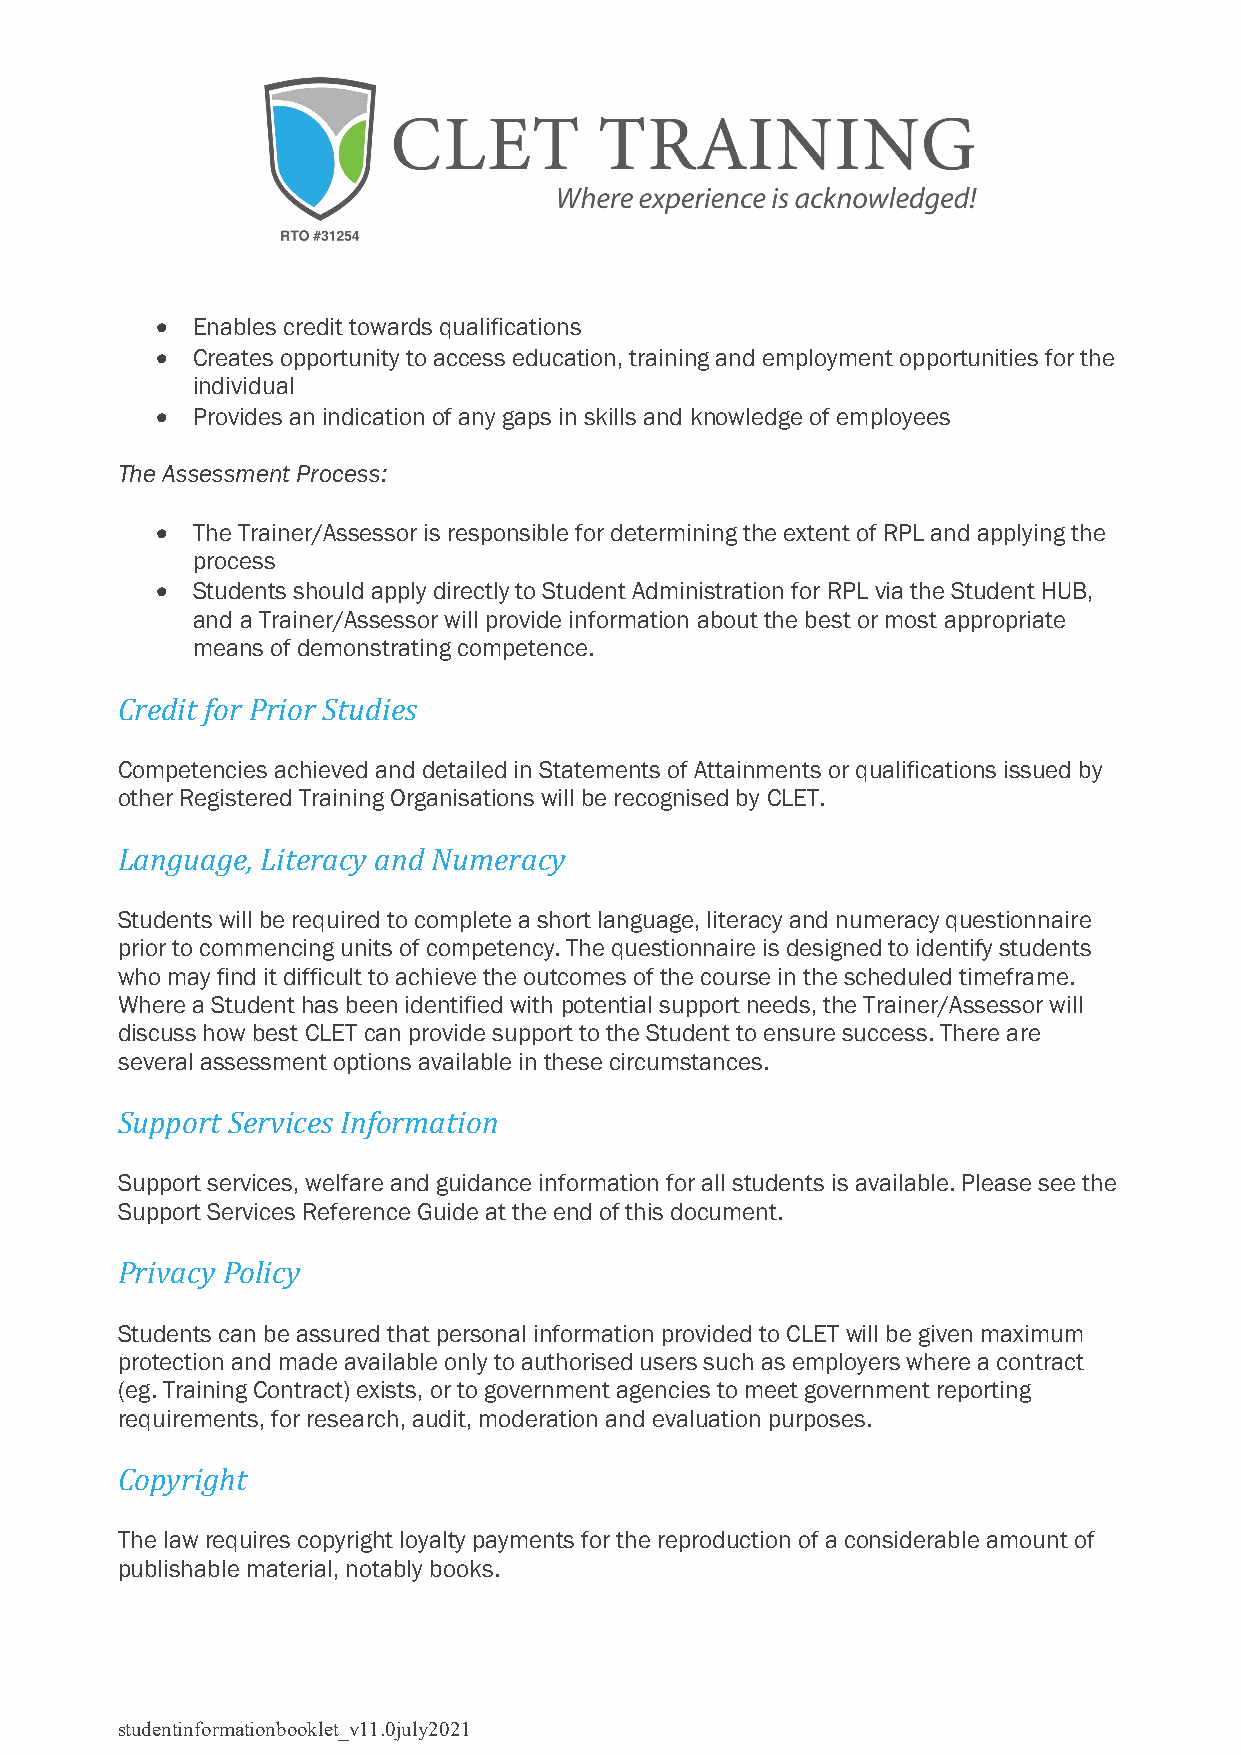
•  Enables credit towards qualifications
 •  Creates opportunity to access education, training and employment opportunities for the
 individual
 •  Provides an indication of any gaps in skills and knowledge of employees
 The Assessment Process:
 •  The Trainer/Assessor is responsible for determining the extent of RPL and applying the
 process
 •  Students should apply directly to Student Administration for RPL via the Student HUB,
 and a Trainer/Assessor will provide information about the best or most appropriate
 means of demonstrating competence.
 Credit for Prior Studies
 Competencies achieved and detailed in Statements of Attainments or qualifications issued by
 other Registered Training Organisations will be recognised by CLET.
 Language, Literacy and Numeracy
 Students will be required to complete a short language, literacy and numeracy questionnaire
 prior to commencing units of competency. The questionnaire is designed to identify students
 who may find it difficult to achieve the outcomes of the course in the scheduled timeframe.
 Where a Student has been identified with potential support needs, the Trainer/Assessor will
 discuss how best CLET can provide support to the Student to ensure success. There are
 several assessment options available in these circumstances.
 Support Services Information
 Support services, welfare and guidance information for all students is available. Please see the
 Support Services Reference Guide at the end of this document.
 Privacy Policy
 Students can be assured that personal information provided to CLET will be given maximum
 protection and made available only to authorised users such as employers where a contract
 (eg. Training Contract) exists, or to government agencies to meet government reporting
 requirements, for research, audit, moderation and evaluation purposes.
 Copyright
 The law requires copyright loyalty payments for the reproduction of a considerable amount of
 publishable material, notably books.
 studentinformationbooklet_v11.0july2021